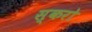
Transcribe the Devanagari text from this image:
स्करो